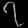
Digit: ၇